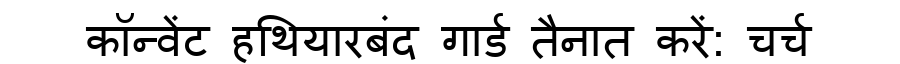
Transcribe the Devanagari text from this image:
कॉन्वेंट हथियारबंद गार्ड तैनात करें: चर्च